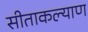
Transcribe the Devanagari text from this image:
सीताकल्याण